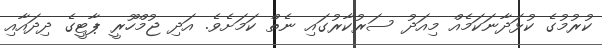
ކުރުމުގެ ކުޅަދާނަކަމެއް މިއަދު ސަރުކާރުގައި ނެތް ކަމަށެވެ. އަދި ޖުމްހޫރީ ޕާޓީގެ ދިދައާއި